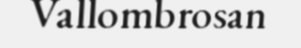
Vallombrosan